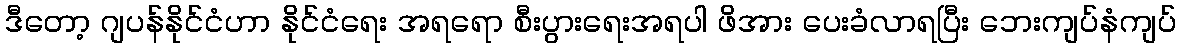
ဒီတော့ ဂျပန်နိုင်ငံဟာ နိုင်ငံရေး အရရော စီးပွားရေးအရပါ ဖိအား ပေးခံလာရပြီး ဘေးကျပ်နံကျပ်